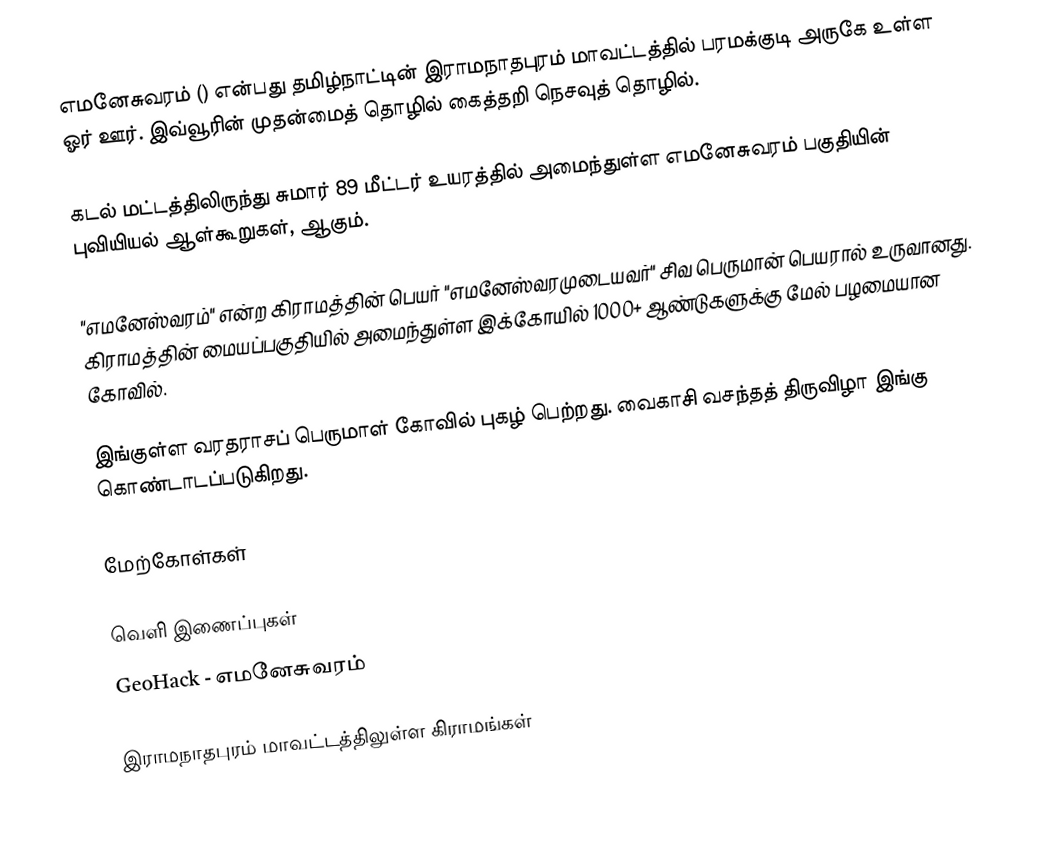
எமனேசுவரம் () என்பது தமிழ்நாட்டின் இராமநாதபுரம் மாவட்டத்தில் பரமக்குடி அருகே உள்ள ஓர் ஊர். இவ்வூரின் முதன்மைத் தொழில் கைத்தறி நெசவுத் தொழில்.

கடல் மட்டத்திலிருந்து சுமார் 89 மீட்டர் உயரத்தில் அமைந்துள்ள எமனேசுவரம் பகுதியின் புவியியல் ஆள்கூறுகள்,  ஆகும்.

"எமனேஸ்வரம்" என்ற கிராமத்தின் பெயர் "எமனேஸ்வரமுடையவர்" சிவ பெருமான் பெயரால் உருவானது. கிராமத்தின் மையப்பகுதியில் அமைந்துள்ள இக்கோயில் 1000+ ஆண்டுகளுக்கு மேல் பழமையான கோவில்.

இங்குள்ள வரதராசப் பெருமாள் கோவில் புகழ் பெற்றது. வைகாசி வசந்தத் திருவிழா இங்கு கொண்டாடப்படுகிறது.

மேற்கோள்கள்

வெளி இணைப்புகள்
 GeoHack - எமனேசுவரம்

இராமநாதபுரம் மாவட்டத்திலுள்ள கிராமங்கள்